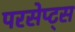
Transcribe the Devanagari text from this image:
परसेप्ट्स